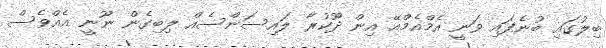
ބިލުގައި ބުނެފައި ވަނީ އެމްއެމްއޭ އިން ދޫކުރާ ލައިސަންސެއް ލިބިގެން ނޫނީ އެއްވެސް